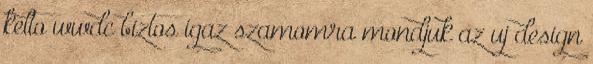
kelto wwdc biztos igaz szamomra mondjuk az uj design